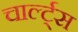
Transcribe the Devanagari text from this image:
चार्ल्ट्स